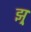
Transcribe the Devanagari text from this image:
झ्र्